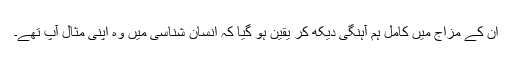
ان کے مزاج میں کامل ہم آہنگی دیکھ کر یقین ہو گیا کہ انسان شناسی میں وہ اپنی مثال آپ تھے۔